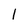
Character: 1